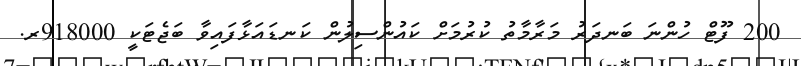
200 ފޫޓް ހުންނަ ބަނދަރު މަރާމާތު ކުރުމަށް ކައުންސިލުން ކަނޑައަޅާފައިވާ ބަޖެޓަކީ 918000ރ.